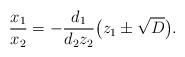
LaTeX: \begin{align*}\frac{x_1}{x_2}&=-\frac{d_1}{d_2z_2}\big(z_1\pm\sqrt D\big).\end{align*}